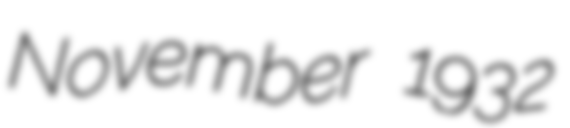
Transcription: November 1932